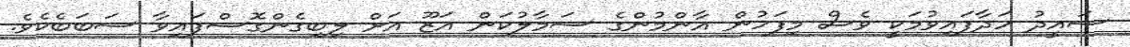
ސައީދު ހަދާފައިވުމަކީ ވެސް މިފަހުން އާންމުންގެ ސަމާލުކަން އަޒޫ އަށް ލިބިގެންގޮސްފައިވާ ސަބަބެކެވެ.